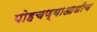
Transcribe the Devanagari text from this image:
पोहचण्याआधीच